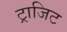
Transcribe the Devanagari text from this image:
ट्राजिट